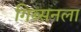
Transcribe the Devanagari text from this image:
गिब्सनला